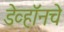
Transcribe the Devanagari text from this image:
डेव्हॉनचे